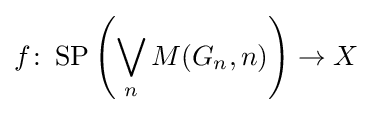
f\colon \operatorname {SP} \left(\bigvee _{n}M(G_{n},n)\right)\to X